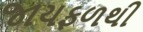
જાયફળથી